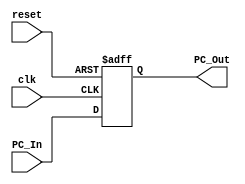
`timescale 1ns / 1ps
//////////////////////////////////////////////////////////////////////////////////
// Company: 
// Engineer: 
// 
// Design Name: 
// Module Name: Program_counter
// Project Name: 
// Target Devices: 
// Tool Versions: 
// Description: 
// 
// Dependencies: 
// 
// Revision:
// Revision 0.01 - File Created
// Additional Comments:
// 
//////////////////////////////////////////////////////////////////////////////////
module Program_Counter
(
	input clk,reset,
	input [63:0] PC_In,
	output reg [63:0] PC_Out
);
	initial 
	PC_Out=64'd0;
	always @ (posedge clk or posedge reset)
	begin
		if (reset)
			PC_Out=64'd0;
		else
			PC_Out=PC_In;
	end
endmodule